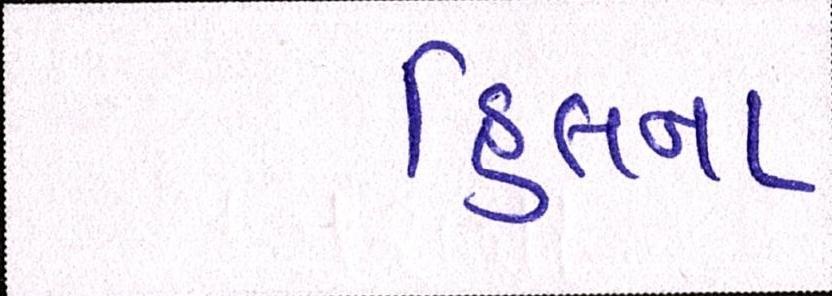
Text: હિલના